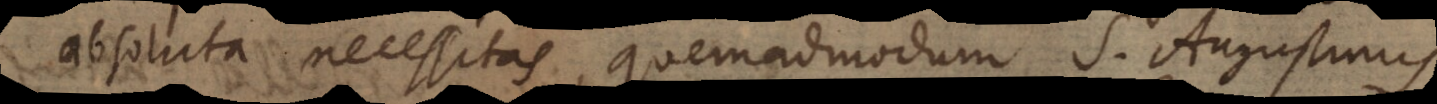
absoluta necessitas, quemadmodum S. Augustinus